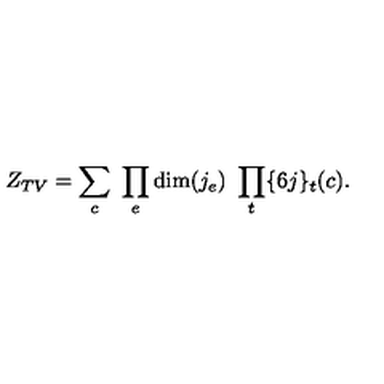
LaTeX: Z _ { T V } = \sum _ { c } \ \prod _ { e } \mathrm { d i m } ( j _ { e } ) \ \prod _ { t } \{ 6 j \} _ { t } ( c ) .